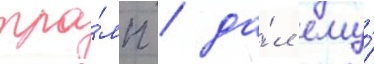
тра́мп / да́л ему́